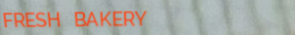
FRESH BAKERY